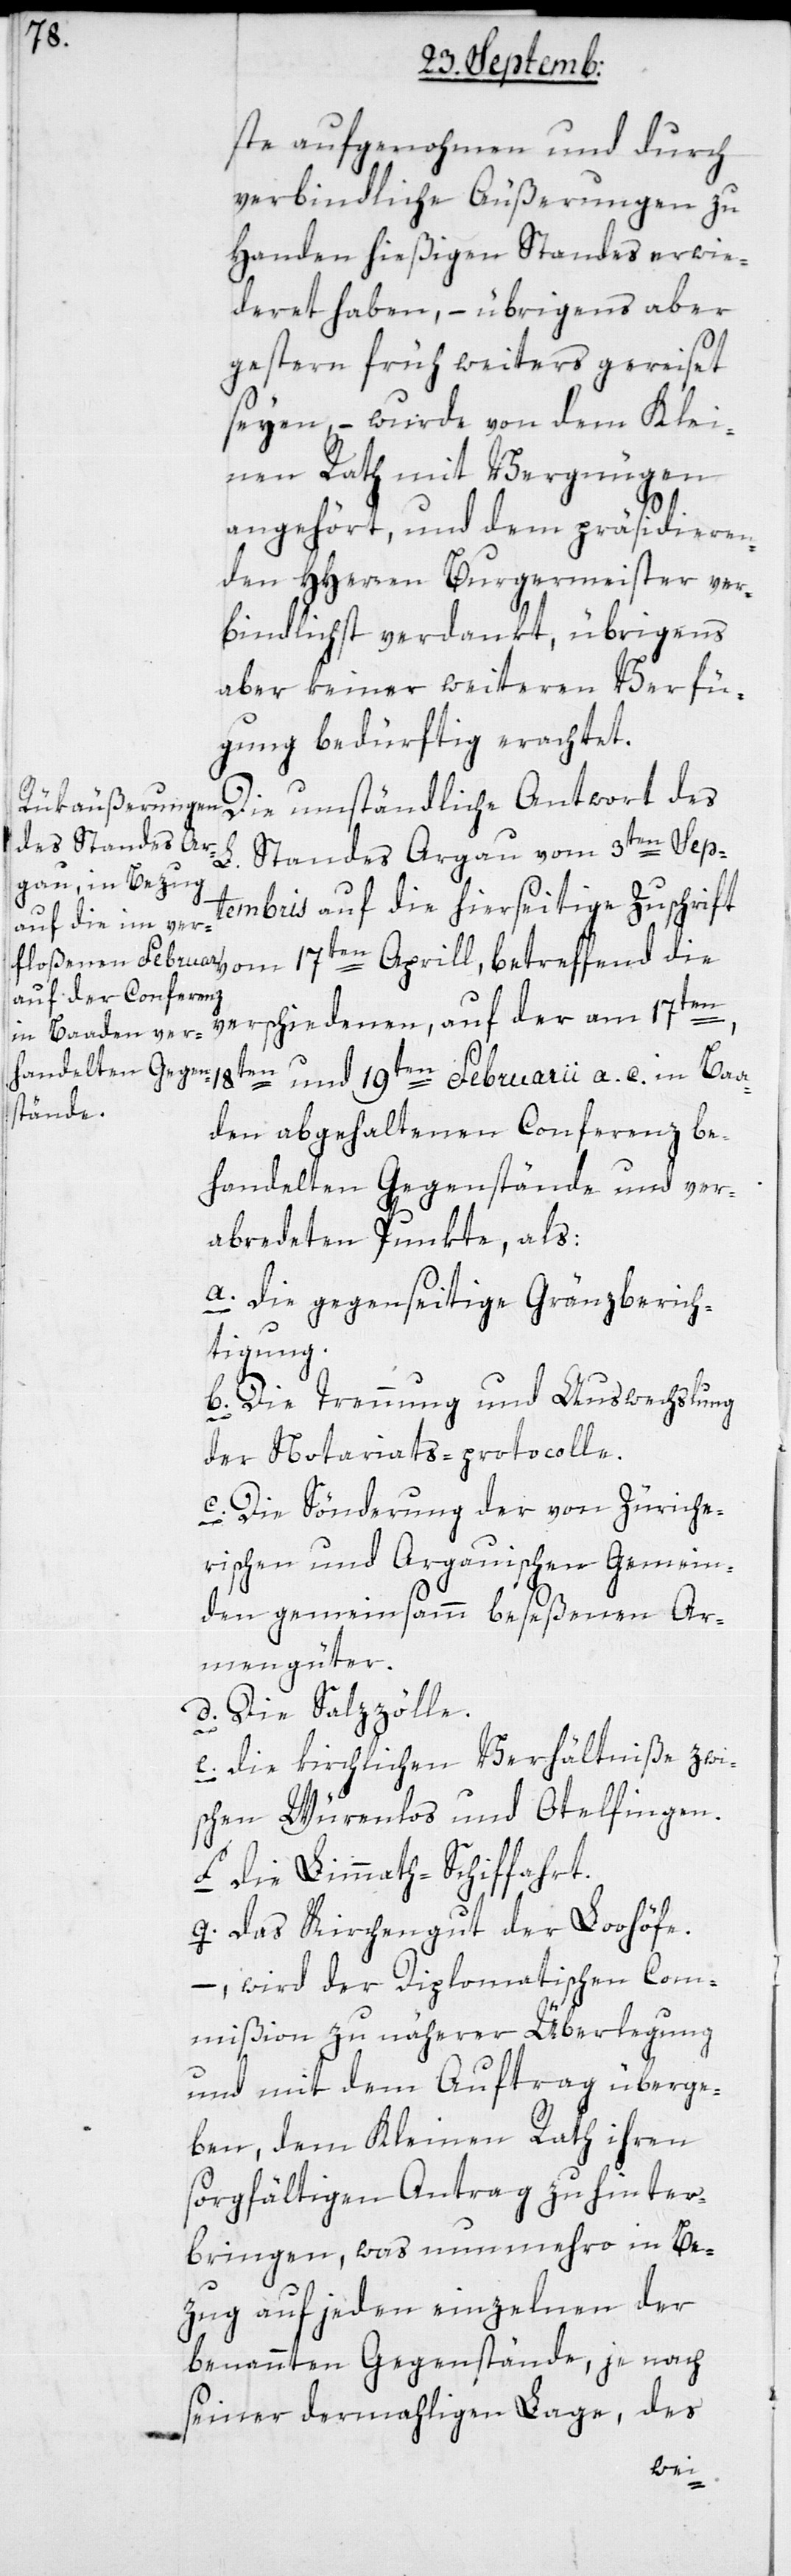
ste aufgenohmen und durch
verbindliche Äußerungen zu
Handen hießigen Standes erwie¬
deret haben, – übrigens aber
gestern früh weiters gereiset
seyen, – wurde von dem Klei¬
nen Rath mit Vergnügen
angehört, und dem präsidieren¬
den HHerren Burgermeister ver¬
bindlichst verdankt, übrigens
aber keiner weiteren Verfü¬
gung bedürftig erachtet.
Die umständliche Antwort des
L. Standes Aargau vom 3ten Sep¬
tembris auf die hierseitige Zuschrift
vom 17ten April, betreffend die
en,
verschiedenen, auf der am 17t¬
18ten und 19ten Februarii a. c. in Baa¬
den abgehaltenen Conferenz be¬
handelten Gegenstände und ver¬
abredeten Punkte, als:
a. Die gegenseitige Gränzberich¬
tigung.
b. Die Trennung und Auswechslung
der Notariats-protocolle.
c. Die Sönderung der von Züriche¬
rischen und Argauischen Gemein¬
den gemeinsamm beseßenen Ar¬
mengüter.
d. Die Salzzölle.
e. Die kirchlichen Verhältniße zwi¬
schen Würenlos und Otelfingen.
f. Die Limmath-Schiffahrt.
g. Das Kirchengut der Loohöfe.
–, wird der Diplomatischen Com¬
mißion zu näherer Überlegung
und mit dem Auftrag überge¬
ben, dem Kleinen Rath ihren
sorgfältigen Antrag zu hinter¬
bringen, was nunmehro in Be¬
zug auf jeden einzelnen der
benannten Gegenstände, je nach
seiner dermaligen Lage, des